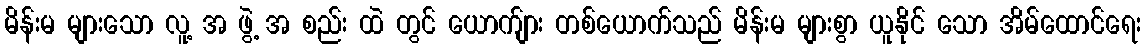
မိန်းမ များသော လူ့ အ ဖွဲ့ အ စည်း ထဲ တွင် ယောက်ျား တစ်ယောက်သည် မိန်းမ များစွာ ယူနိုင် သော အိမ်ထောင်ရေး